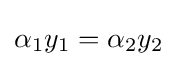
\alpha _{1}y_{1}=\alpha _{2}y_{2}